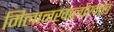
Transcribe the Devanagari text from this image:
मिलानखालोखाल